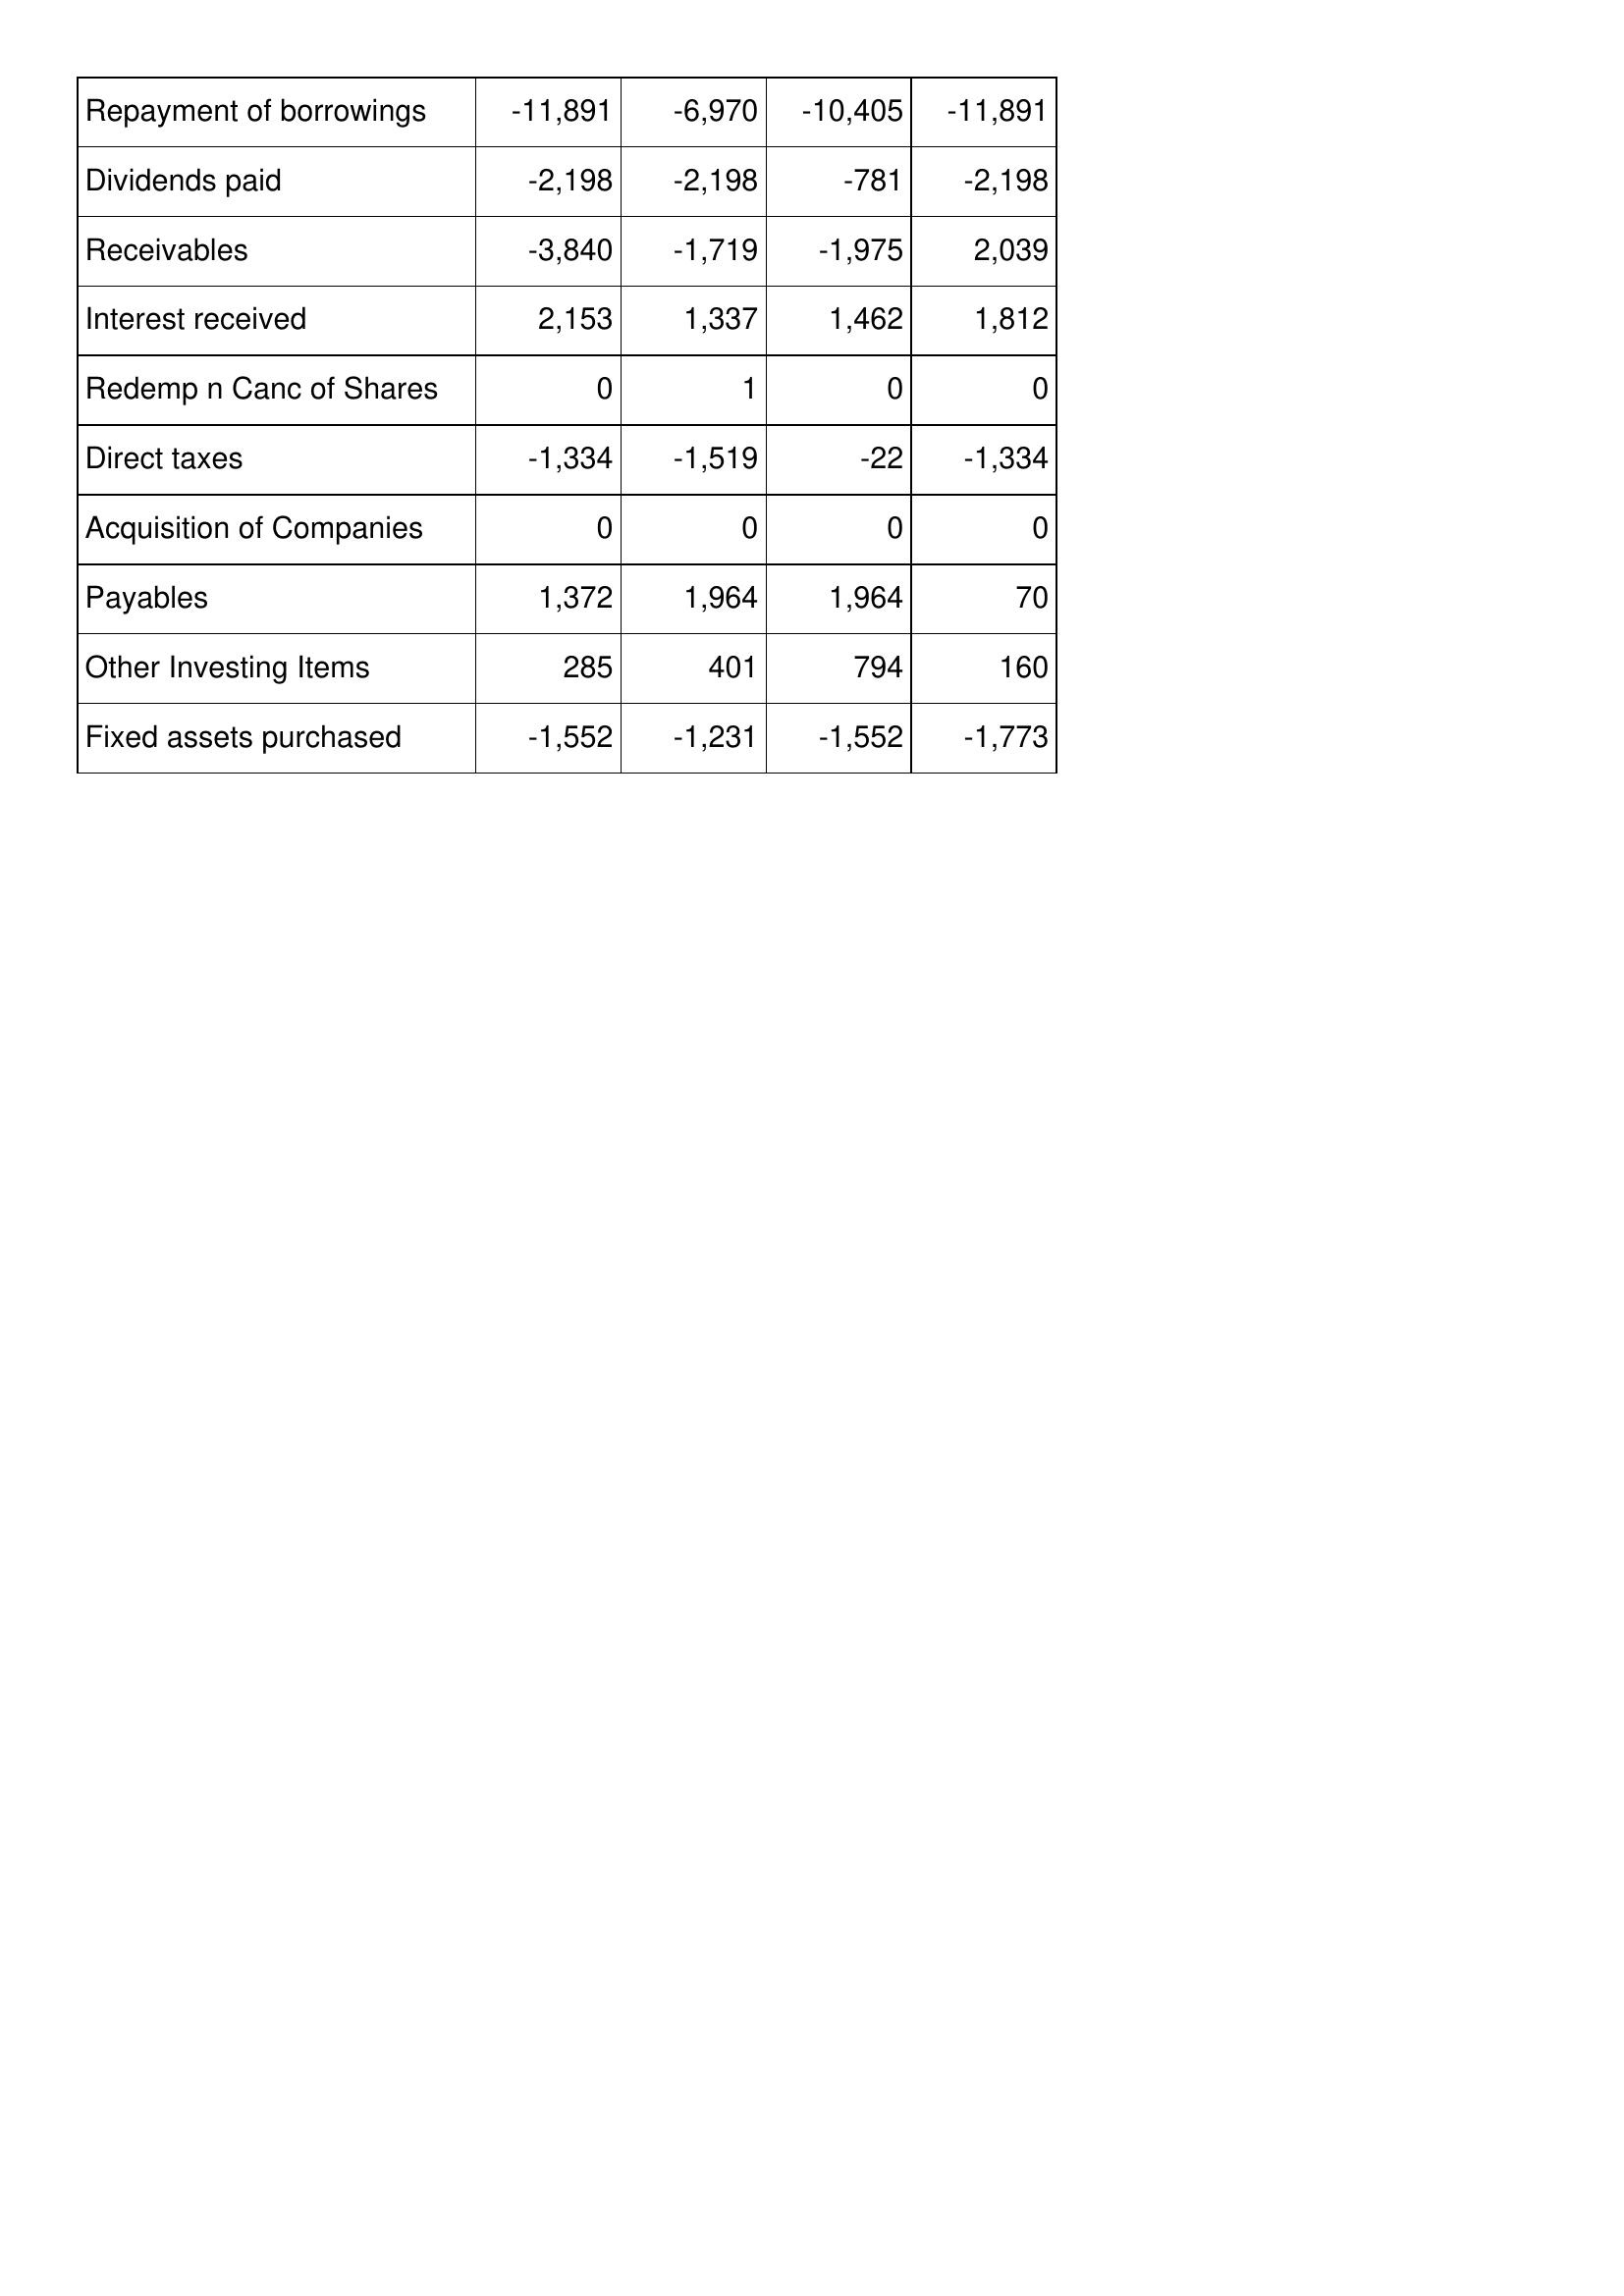
Jul-14: Cash Flows: Repayment of borrowings: -11,891
Dividends paid: -2,198
Receivables: -3,840
Interest received: 2,153
Redemp n Canc of Shares: 0
Direct taxes: -1,334
Acquisition of Companies: 0
Payables: 1,372
Other Investing Items: 285
Fixed assets purchased: -1,552
Jul-13: Cash Flows: Repayment of borrowings: -6,970
Dividends paid: -2,198
Receivables: -1,719
Interest received: 1,337
Redemp n Canc of Shares: 1
Direct taxes: -1,519
Acquisition of Companies: 0
Payables: 1,964
Other Investing Items: 401
Fixed assets purchased: -1,231
Jul-12: Cash Flows: Repayment of borrowings: -10,405
Dividends paid: -781
Receivables: -1,975
Interest received: 1,462
Redemp n Canc of Shares: 0
Direct taxes: -22
Acquisition of Companies: 0
Payables: 1,964
Other Investing Items: 794
Fixed assets purchased: -1,552
Jul-11: Cash Flows: Repayment of borrowings: -11,891
Dividends paid: -2,198
Receivables: 2,039
Interest received: 1,812
Redemp n Canc of Shares: 0
Direct taxes: -1,334
Acquisition of Companies: 0
Payables: 70
Other Investing Items: 160
Fixed assets purchased: -1,773